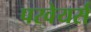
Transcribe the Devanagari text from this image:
परवेयर्स